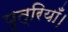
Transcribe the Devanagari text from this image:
पुत्रियाँ।